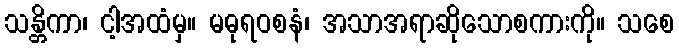
သန္တိကာ၊ ငါ့အထံမှ။ မဓုရဝစနံ၊ အသာအရာဆိုသောစကားကို။ သစေ